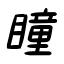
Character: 瞳